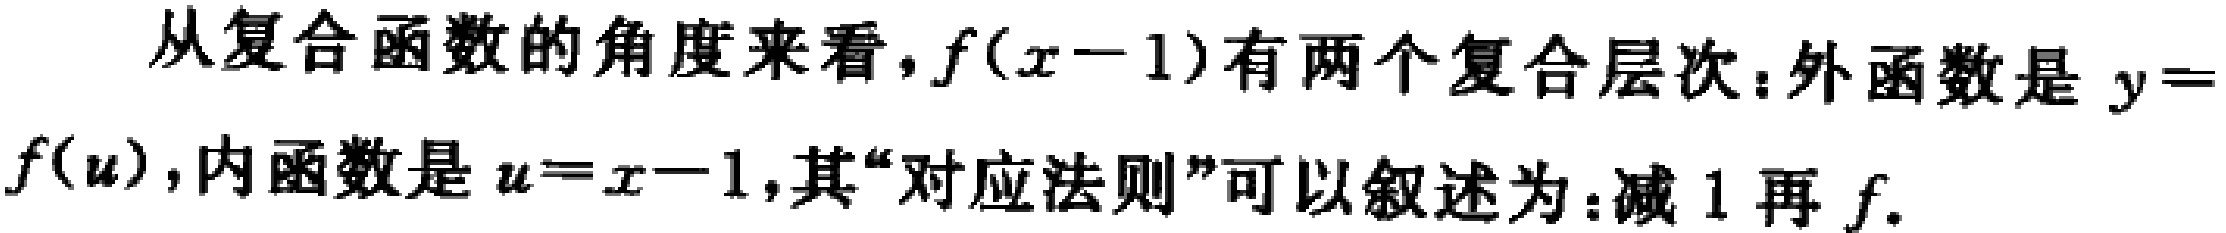
从复合函数的角度来看，\(f(x - 1)\)有两个复合层次：外函数是\(y = f(u)\)，内函数是\(u = x - 1\)，其“对应法则”可以叙述为：减 \(1\) 再 \(f\).